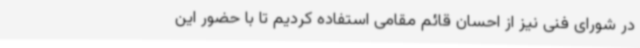
در شورای فنی نیز از احسان قائم مقامی استفاده کردیم تا با حضور این